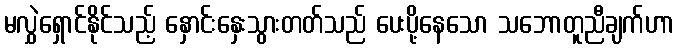
မလွှဲရှောင်နိုင်သည့် နှောင်းနှေးသွားတတ်သည် ပေးပို့နေသော သဘောတူညီချက်ဟာ